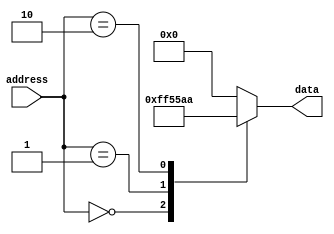
module mask_rom(
    input wire [7:0] address,
    output reg [7:0] data
);

always @(*)
begin
    case(address)
        8'h00: data = 8'hFF; // Example data values for different addresses
        8'h01: data = 8'h55;
        8'h02: data = 8'hAA;
        // Add more cases as needed for other memory locations
        default: data = 8'h00; // Default value in case no match is found
    endcase
end

endmodule